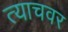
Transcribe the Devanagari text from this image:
त्याचवर